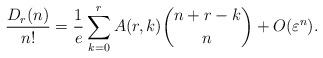
LaTeX: \begin{align*}\frac{D_r(n)}{n!}=\frac{1}{e}\sum_{k=0}^{r}A(r,k)\binom{n+r-k}{n}+O(\varepsilon^n).\end{align*}